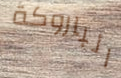
الباروكة